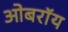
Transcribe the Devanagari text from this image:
ओबराॅय